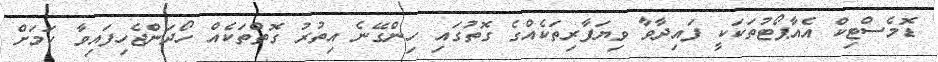
ޑޮމެސްޓިކް އެއާޕޯޓުތަކަކީ ފައިދާވާ ވިޔަފާރިތަކެއްގެ ގޮތުގައި ހިންގޭނެ އިތުރު ގޮތްތަކެއް ހޯދަންޖެހިފައިވާ ކަމަށް